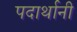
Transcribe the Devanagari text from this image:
पदार्थानी